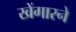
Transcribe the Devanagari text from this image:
खेंगारने